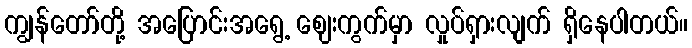
ကျွန်တော်တို့ အပြောင်းအရွေ့ ဈေးကွက်မှာ လှုပ်ရှားလျက် ရှိနေပါတယ်။